Scottish assistants in French and German schools and colleges, 1936
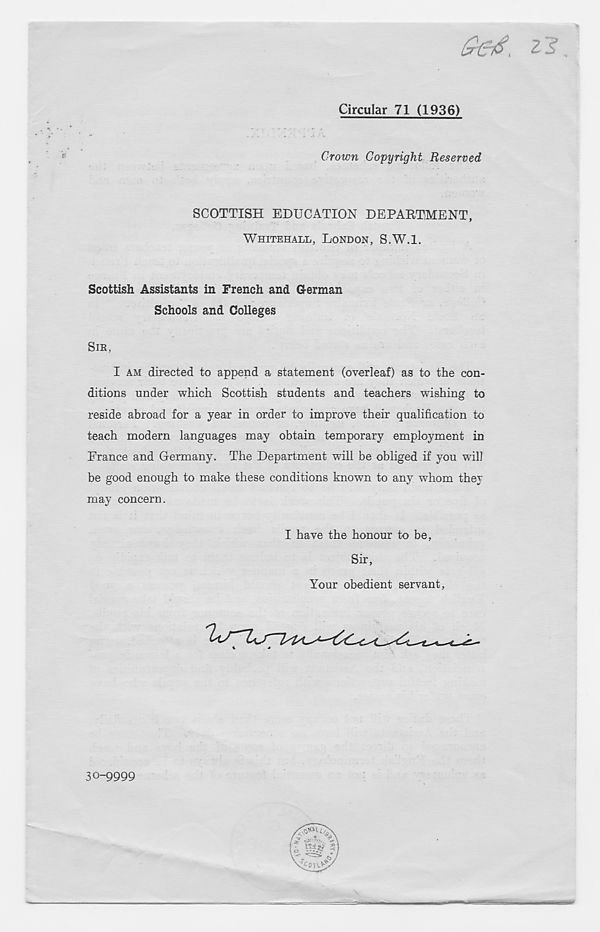
Circular 71 (1936)
Crown Copyright Reserved
SCOTTISH EDUCATION DEPARTMENT,
WHITEHALL, LONDON, S.W.l.
Scottish Assistants in French and G-erman
Schools and Colleges
SIB,
I AM directed to append a statement (overleaf) as to the con-
ditions under which Scottish students and teachers wishing to
reside abroad for a year in order to improve their qualification to
teach modern languages may obtain temporary employment in
France and Germany. The Department will be obliged if you will
be good enough to make these conditions known to any whom they
may concern.
I have the honour to be,
Sir,
Your obedient servant.
30-9999